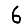
Digit: 6